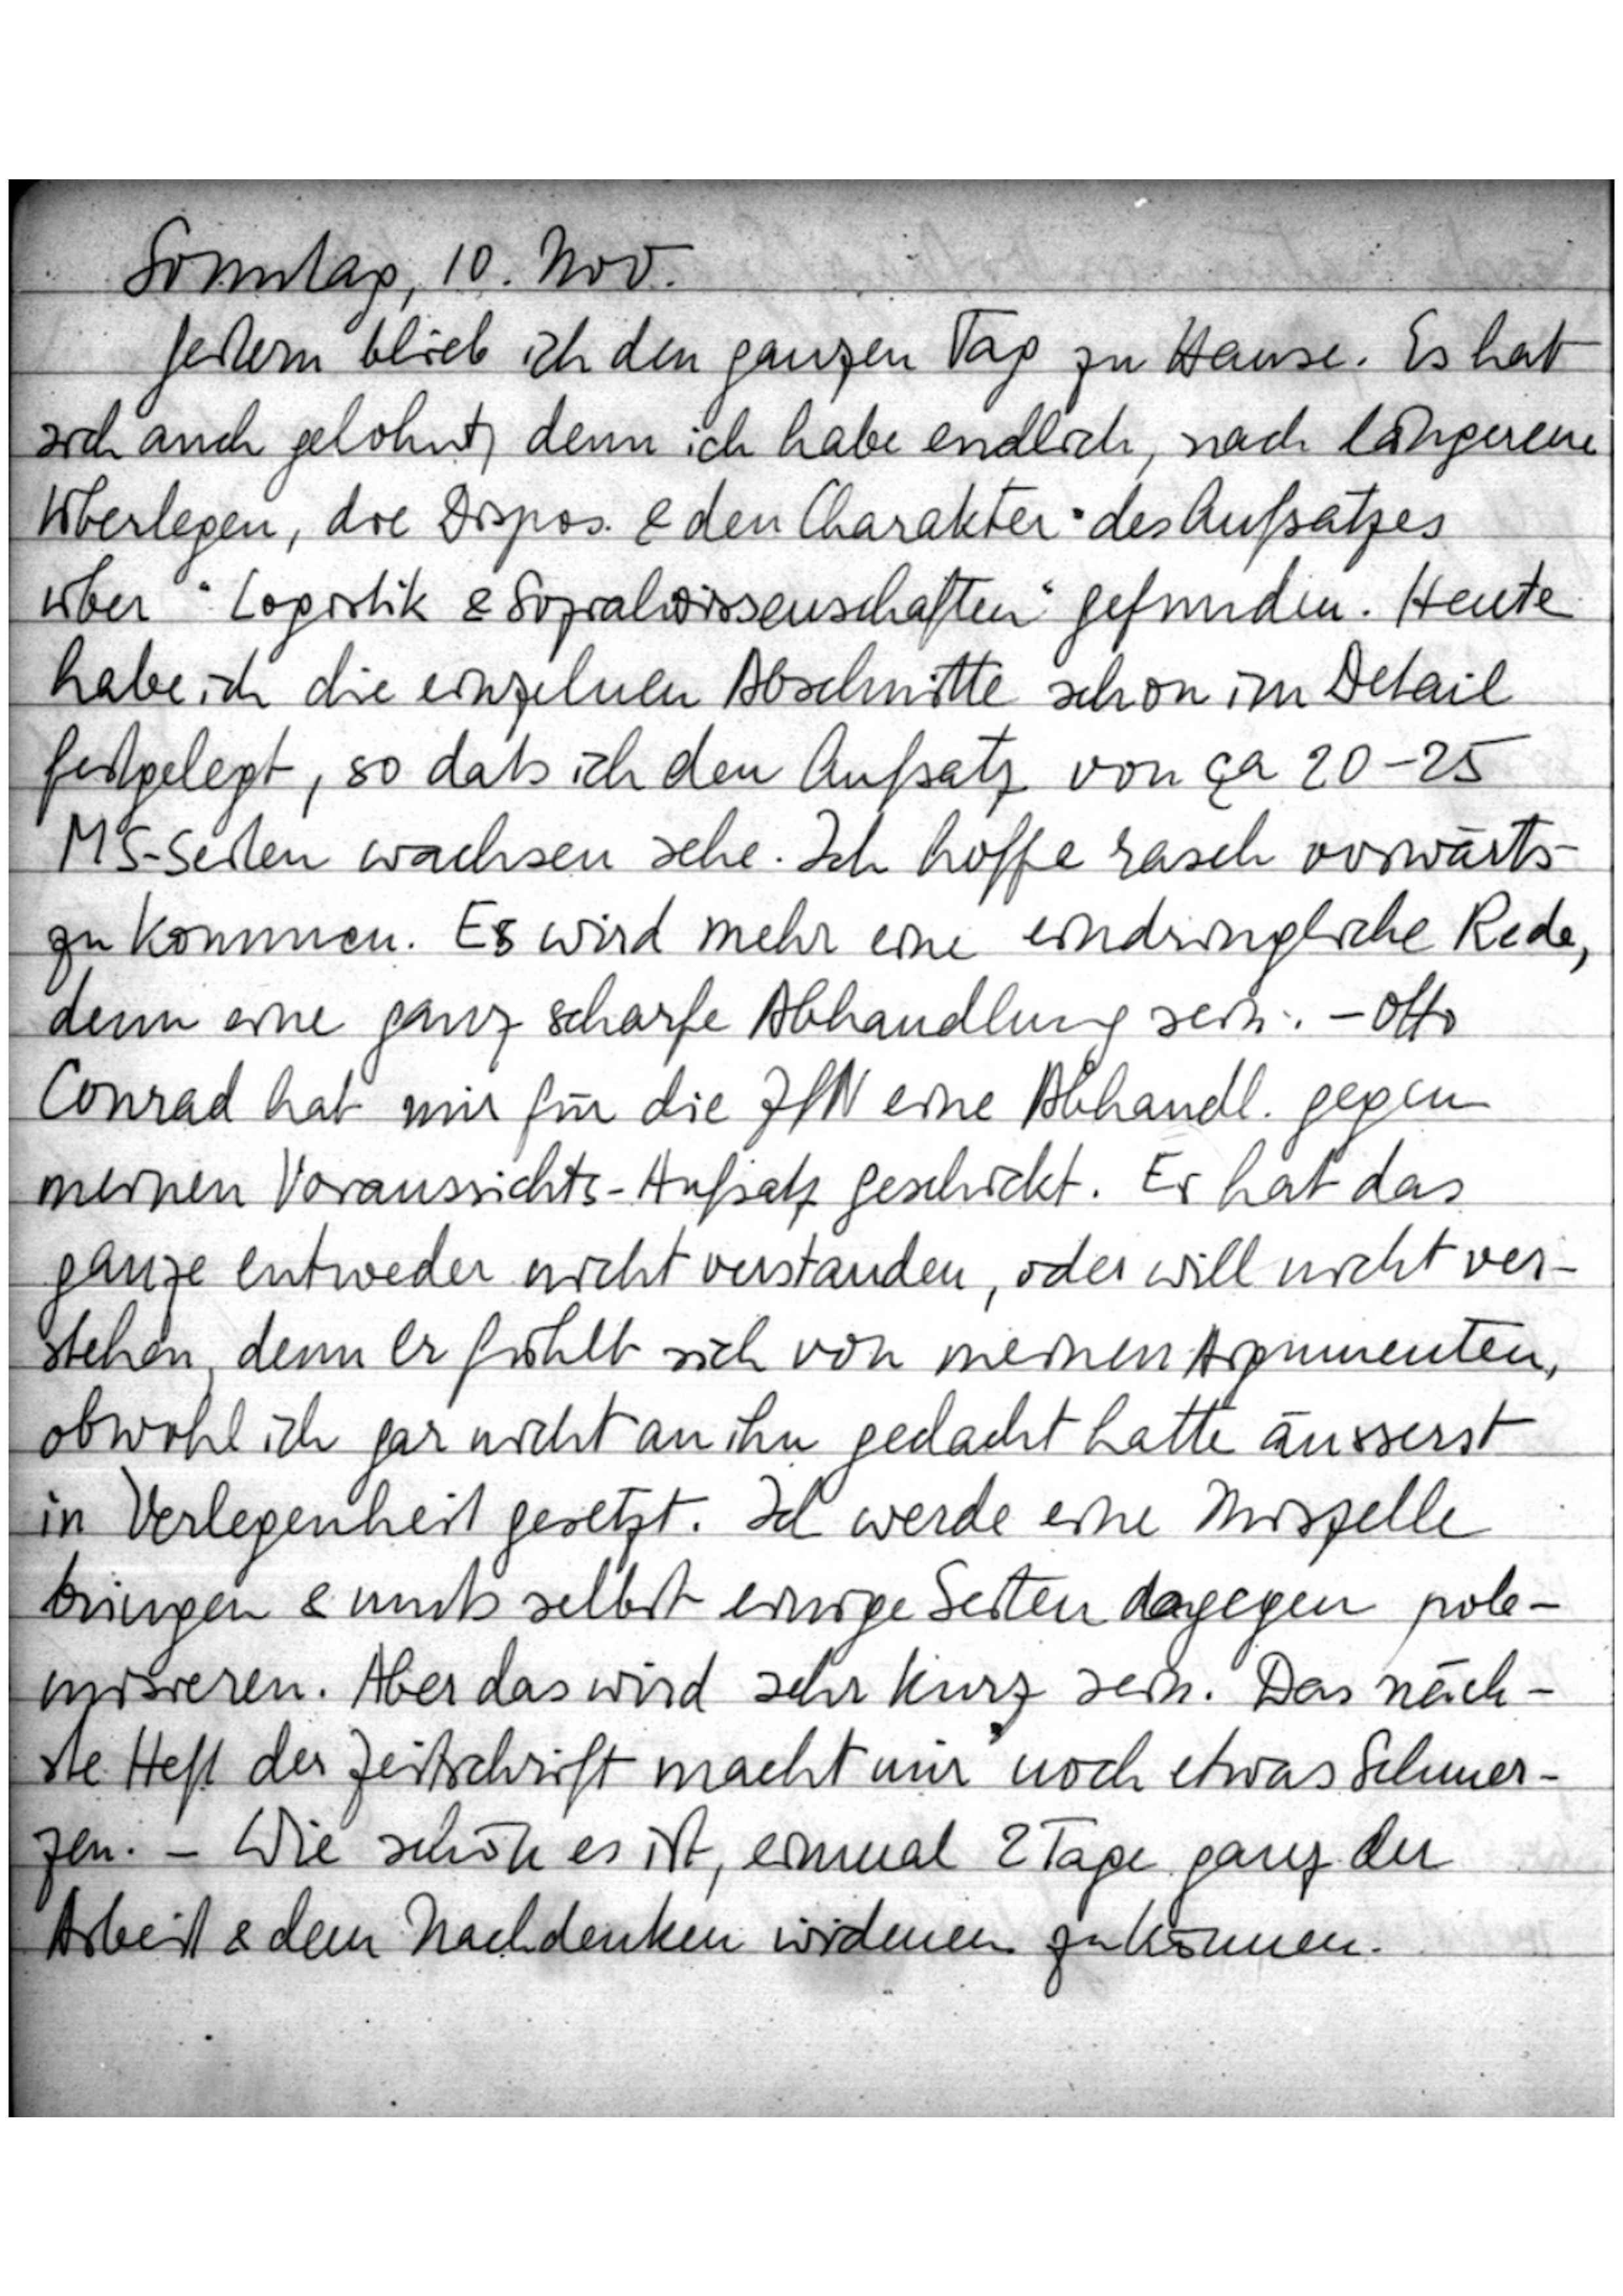
Sonntag, 10. Nov.
Gestern blieb ich den ganzen Tag zu Hause. Es hat
sich auch gelohnt, denn ich habe endlich, nach längerem
Überlegen, die Dispos. & den Charakter des Aufsatzes
über „Logistik & Sozialwissenschaften“ gefunden. Heute
habe ich die einzelnen Abschnitte schon im Detail
festgelegt, so daß ich den Aufsatz von ca 20-25
MS-Seiten wachsen sehe. Ich hoffe rasch vorwärts
zu kommen. Es wird mehr eine eindringliche Rede,
denn eine ganz scharfe Abhandlung sein. – Otto
Conrad hat mir für die ZfN eine Abhandl. gegen
meinen Voraussichts-Aufsatz geschickt. Er hat das
ganze entweder nicht verstanden, oder will nicht ver
stehen, denn er fühlt sich von meinen Argumenten,
obwohl ich gar nicht an ihn gedacht hatte äusserst
in Verlegenheit gesetzt. Ich werde eine Miszelle
bringen & muß selbst einige Seiten dagegen pole
misieren. Aber das wird sehr kurz sein. Das näch
ste Heft der Zeitschrift macht mir noch etwas Schmer
zen. – Wie schön es ist, einmal 2 Tage ganz der
Arbeit & dem Nachdenken widmen zu können.